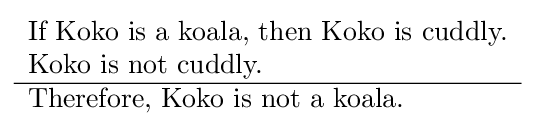
{\begin{array}{l}{\text{If Koko is a koala, then Koko is cuddly.}}\\{\text{Koko is not cuddly.}}\\\hline {\text{Therefore, Koko is not a koala.}}\end{array}}